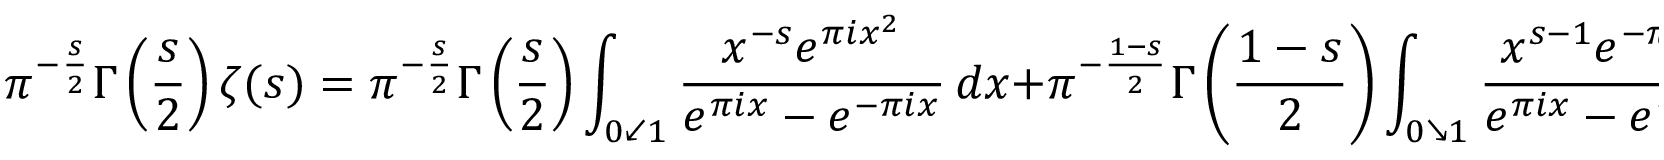
\pi ^ { - { \frac { s } { 2 } } } \Gamma \left( { \frac { s } { 2 } } \right) \zeta ( s ) = \pi ^ { - { \frac { s } { 2 } } } \Gamma \left( { \frac { s } { 2 } } \right) \int _ { 0 \swarrow 1 } { \frac { x ^ { - s } e ^ { \pi i x ^ { 2 } } } { e ^ { \pi i x } - e ^ { - \pi i x } } } \, d x + \pi ^ { - { \frac { 1 - s } { 2 } } } \Gamma \left( { \frac { 1 - s } { 2 } } \right) \int _ { 0 \searrow 1 } { \frac { x ^ { s - 1 } e ^ { - \pi i x ^ { 2 } } } { e ^ { \pi i x } - e ^ { - \pi i x } } } \, d x